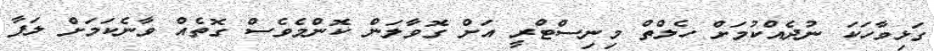
ގަޅިވާހަކަ ނުދެއްކުމަށް ހެލްތް މިނިސްޓްރީ އަށް ގޮވާލަން ކޮންމެވެސް ގޮތެއް ވާނެކަމަށް ލަފާ